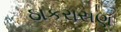
ઠાકરાસણ